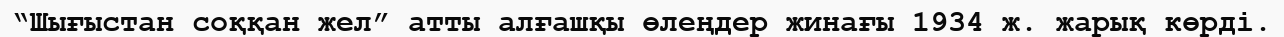
“Шығыстан соққан жел” атты алғашқы өлеңдер жинағы 1934 ж. жарық көрді.